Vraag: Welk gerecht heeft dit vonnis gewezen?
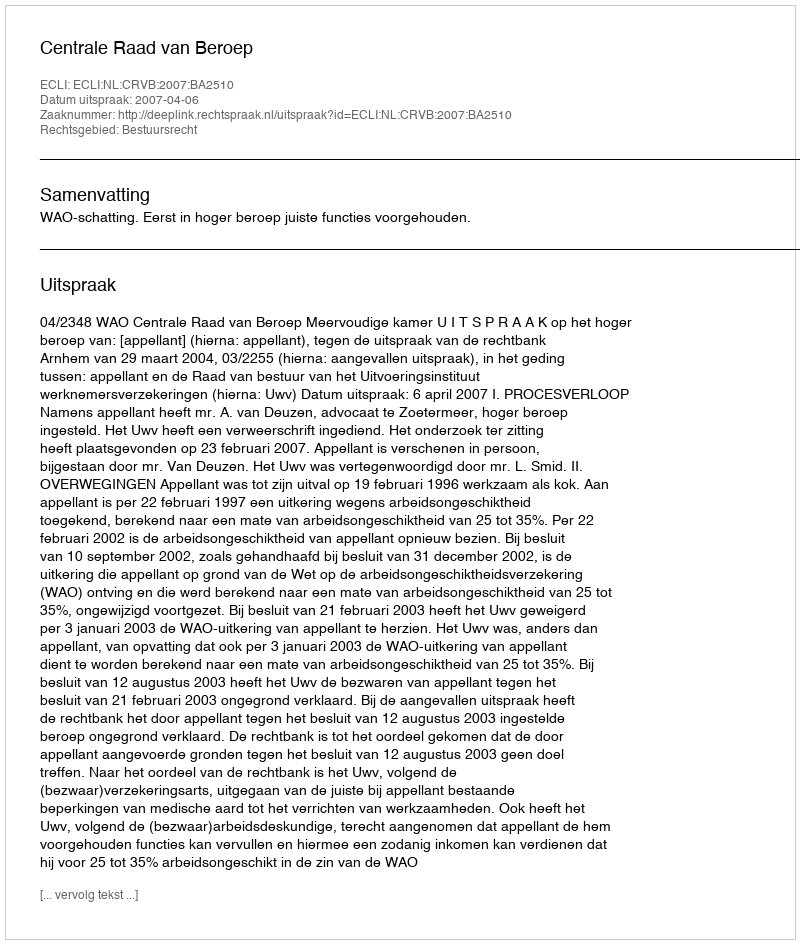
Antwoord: Centrale Raad van Beroep